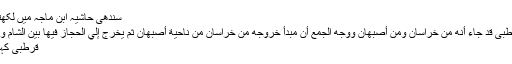
سندھی حاشیہ ابن ماجہ میں لکھتے ہیں:
قال القرطبی قد جاءَ أنه من خراسان ومن أصبهان ووجه الجمع أنّ مبدأ خروجه من خراسان من ناحية أصبهان ثم يخرج إلي الحجاز فيها بين الشام والعراق .
قرطبٍی کہتے ہیں۔